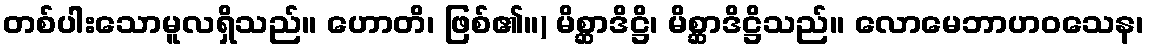
တစ်ပါးသောမူလရှိသည်။ ဟောတိ၊ ဖြစ်၏။) မိစ္ဆာဒိဋ္ဌိ၊ မိစ္ဆာဒိဋ္ဌိသည်။ လောမေဘာဟဝသေန၊